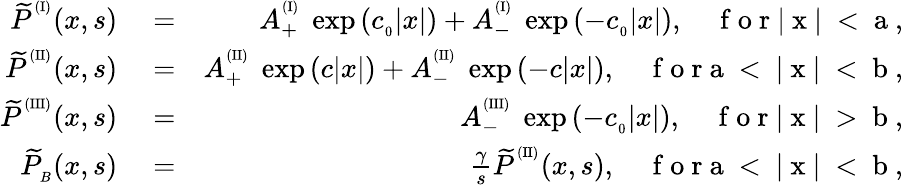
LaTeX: \begin{array}{rlr}{{\widetilde P}^{^{(\mathrm{I})}}(x,s)}&{{}=}&{A_{+}^{^{(\mathrm{I})}}\ \exp{\left(c_{_0}|x|\right)}+A_{-}^{^{(\mathrm{I})}}\ \exp{\left(-c_{_0}|x|\right)},\quad\mathrm{~f~o~r~|~x~|~<~a~},}\\ {{\widetilde P}^{^{(\mathrm{II})}}(x,s)}&{{}=}&{A_{+}^{^{(\mathrm{II})}}\ \exp{\left(c|x|\right)}+A_{-}^{^{(\mathrm{II})}}\ \exp{\left(-c|x|\right)},\quad\mathrm{~f~o~r~a~<~|~x~|~<~b~},}\\ {{\widetilde P}^{^{(\mathrm{III})}}(x,s)}&{{}=}&{A_{-}^{^{(\mathrm{III})}}\ \exp{\left(-c_{_0}|x|\right)},\quad\mathrm{~f~o~r~|~x~|~>~b~},}\\ {{\widetilde P}_{_B}(x,s)}&{{}=}&{\frac{\gamma}{s}{\widetilde P}^{^{(\mathrm{II})}}(x,s),\quad\mathrm{~f~o~r~a~<~|~x~|~<~b~},}\end{array}